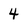
Character: 4